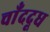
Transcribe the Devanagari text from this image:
चाँददूध